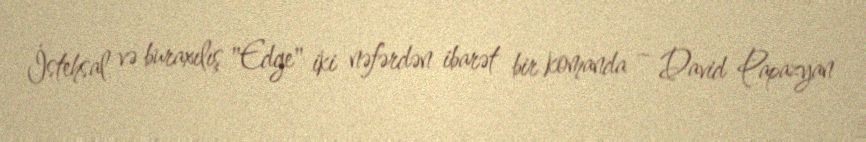
İstehsal və buraxılış "Edge" iki nəfərdən ibarət bir komanda – David Papazyan